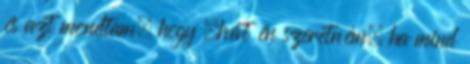
és azt mondtam, hogy „hát én szeretném, ha mind